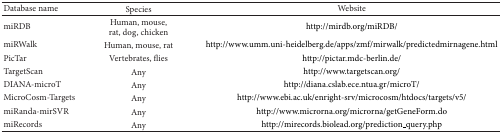
<table><thead><tr><td><b>Database name</b></td><td><b>Species</b></td><td><b>Website</b></td></tr></thead><tbody><tr><td>miRDB</td><td>Human, mouse, rat, dog, chicken</td><td>http://mirdb.org/miRDB/</td></tr><tr><td>miRWalk</td><td>Human, mouse, rat</td><td>http://www.umm.uni-heidelberg.de/apps/zmf/mirwalk/predictedmirnagene.html</td></tr><tr><td>PicTar</td><td>Vertebrates, flies</td><td>http://pictar.mdc-berlin.de/</td></tr><tr><td>TargetScan</td><td>Any</td><td>http://www.targetscan.org/</td></tr><tr><td>DIANA-microT</td><td>Any</td><td>http://diana.cslab.ece.ntua.gr/microT/</td></tr><tr><td>MicroCosm-Targets</td><td>Any</td><td>http://www.ebi.ac.uk/enright-srv/microcosm/htdocs/targets/v5/</td></tr><tr><td>miRanda-mirSVR</td><td>Any</td><td>http://www.microrna.org/microrna/getGeneForm.do</td></tr><tr><td>miRecords</td><td>Any</td><td>http://mirecords.biolead.org/prediction_query.php</td></tr></tbody></table>